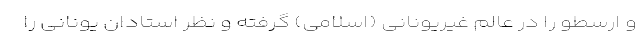
و ارسطو را در عالم غیریونانی (اسلامی) گرفته و نظر استادان یونانی را